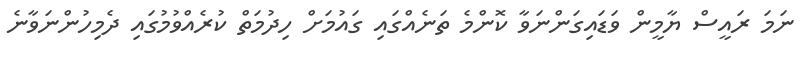
ނަމަ ރައީސް ޔާމީން ވަޑައިގަންނަވާ ކޮންމެ ތަނެއްގައި ގައުމަށް ހިދުމަތް ކުރެއްވުމުގައި ދެމިހުންނަވާނެ